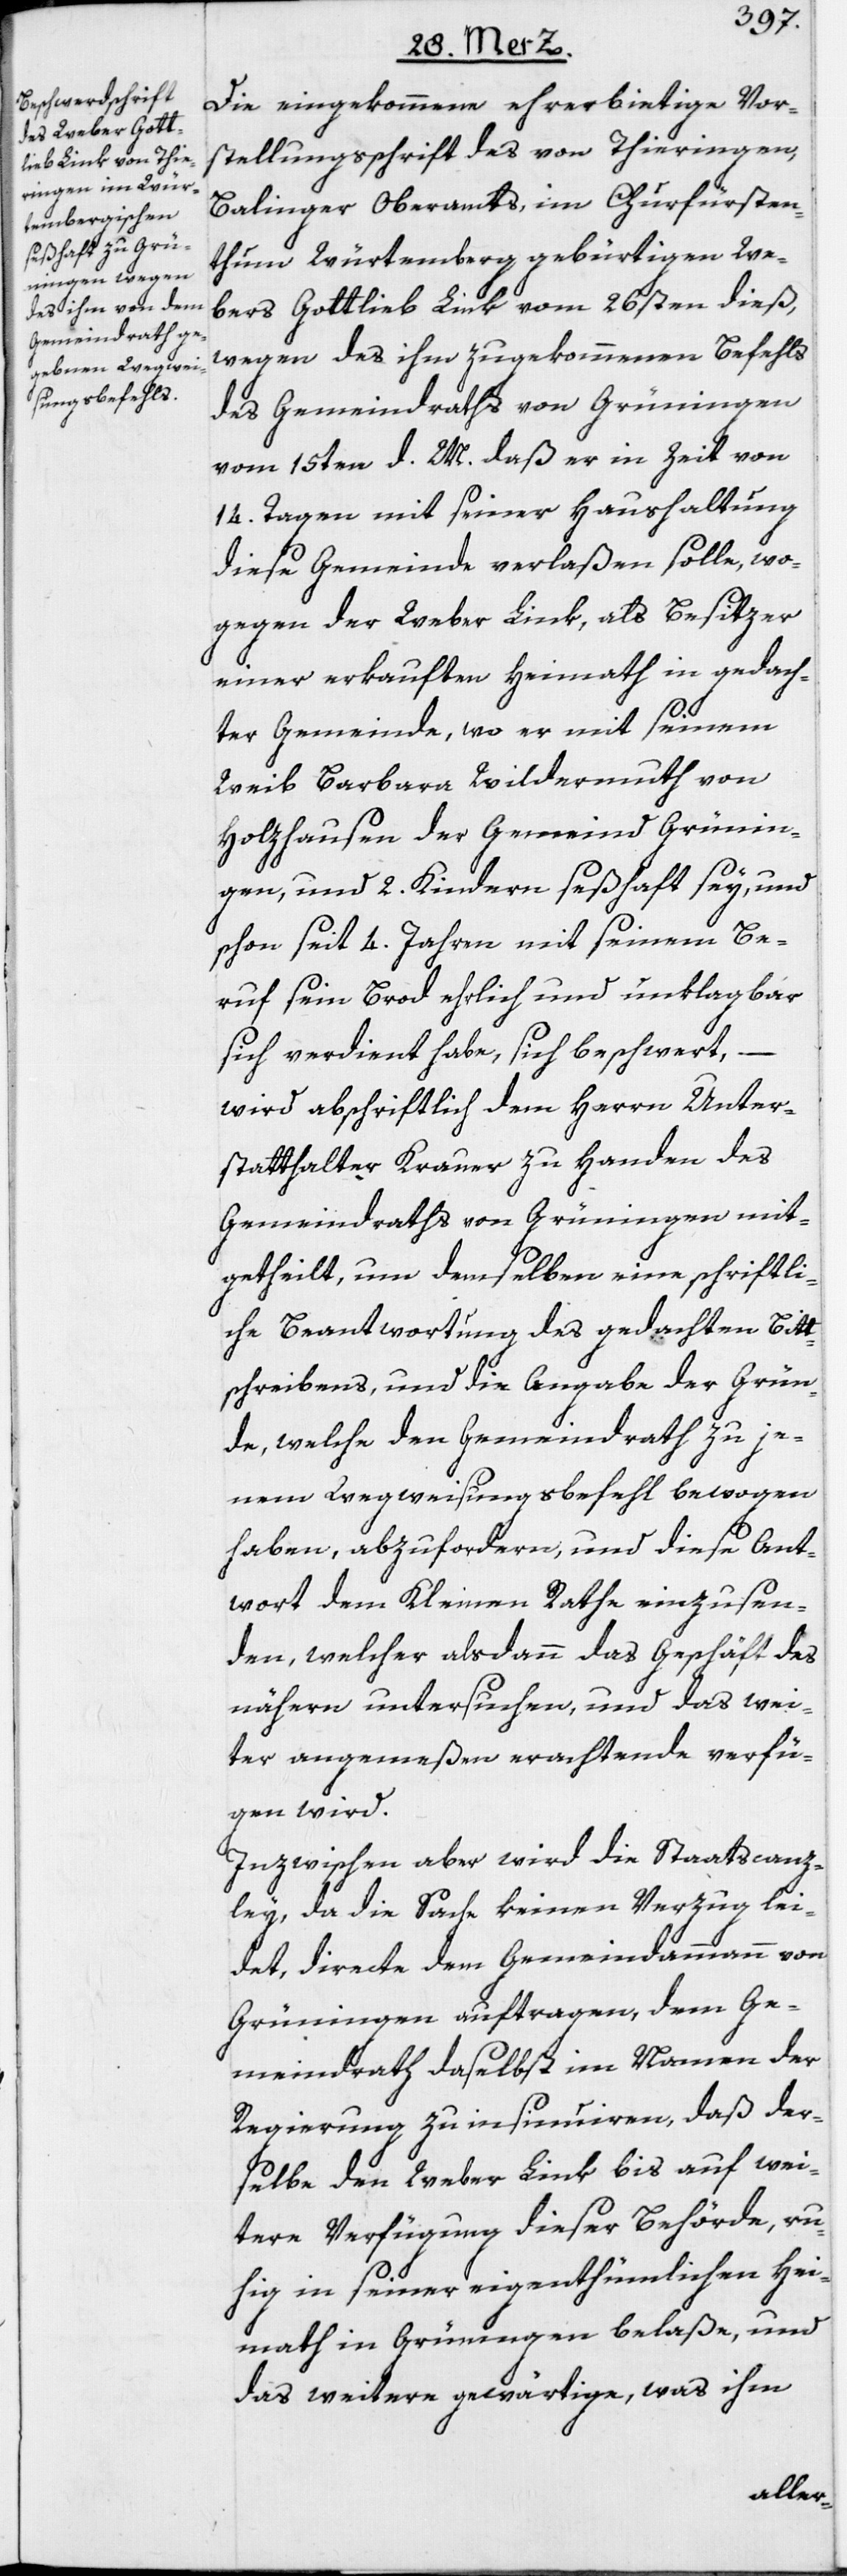
Die eingekommene ehrerbietige Vor¬
stellungsschrift des von Thieringen,
Balinger Oberamts, im Churfürsten¬
thum Würtemberg gebürtigen We¬
bers Gottlieb Link vom 26sten dieß,
wegen des ihm zugekommenen Befehls
des Gemeindraths von Grüningen
vom 15ten d. M. daß er in Zeit von
14. Tagen mit seiner Haushaltung
diese Gemeinde verlaßen solle, wo¬
gegen der Weber Link, als Besitzer
einer erkauften Heimath in gedach¬
ter Gemeinde, wo er mit seinem
Weib Barbara Wildermuth von
Holzhausen der Gemeind Grünin¬
gen, und 2. Kindern seßhaft sey, und
schon seit 4. Jahren mit seinem Be¬
ruf sein Brod ehrlich und unklagbar
sich verdient habe, sich beschwert, –
wird abschriftlich dem Herrn Unter¬
statthalter Krauer zu Handen des
Gemeindraths von Grüningen mit¬
getheilt, um demselben eine schriftli¬
che Beantwortung des gedachten Bitt¬
schreibens, und die Angabe der Grün¬
de, welche den Gemeindrath zu je¬
nem Wegweisungsbefehl bewogen
haben, abzufordern, und diese Ant¬
wort dem Kleinen Rathe einzusen¬
den, welcher alsdann das Geschäft des
nähern untersuchen, und das wei¬
ter angemeßen erachtende verfü¬
gen wird.
Inzwischen aber wird die Staatscanz¬
ley, da die Sache keinen Verzug lei¬
det, directe dem Gemeindammann von
Grüningen auftragen, dem Ge¬
meindrath daselbst im Namen der
Regierung zu insinuiren, daß der¬
selbe den Weber Link bis auf wei¬
tere Verfügung dieser Behörde, ru¬
hig in seiner eigenthümlichen Hei¬
math in Grüningen belaße, und
das weitere gewärtige, was ihm